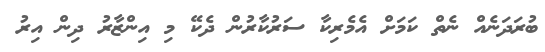
ބުރަދަނެއް ނެތް ކަމަށް އެމެރިކާ ސަރުކާރުން ދެކޭ މި އިންޒާރު ދިން އިރު